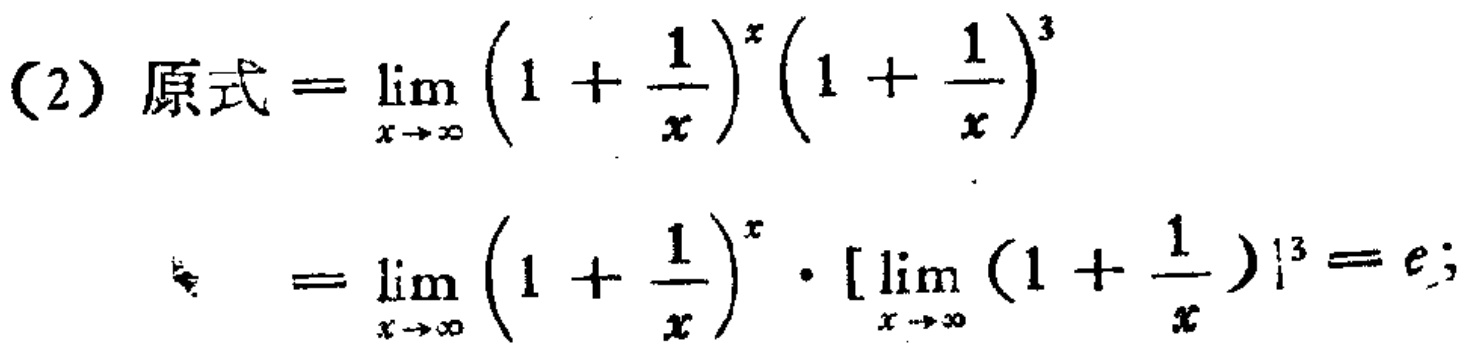
\[
\begin{align*}
(2)\ 原式&=\lim_{x \to \infty} \left(1 + \frac{1}{x}\right)^x\left(1 + \frac{1}{x}\right)^3\\
&=\lim_{x \to \infty} \left(1 + \frac{1}{x}\right)^x\cdot\left[\lim_{x \to \infty} \left(1 + \frac{1}{x}\right)\right]^3 = e;
\end{align*}
\]